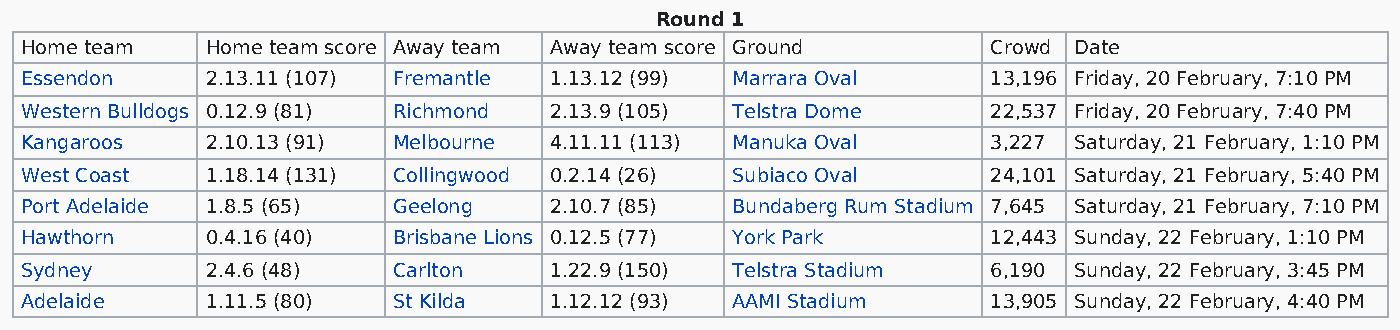
Round 1
 Home team    Home team score Away team Away team score Ground    Crowd Date
 Essendon     2.13.11 (107) Fremantle 1.13.12 (99) Marrara Oval   13,196 Friday, 20 February, 7:10 PM
 Western Bulldogs 0.12.9 (81) Richmond 2.13.9 (105) Telstra Dome  22,537 Friday, 20 February, 7:40 PM
 Kangaroos    2.10.13 (91) Melbourne 4.11.11 (113) Manuka Oval    3,227 Saturday, 21 February, 1:10 PM
 West Coast   1.18.14 (131) Collingwood 0.2.14 (26) Subiaco Oval  24,101 Saturday, 21 February, 5:40 PM
 Port Adelaide 1.8.5 (65) Geelong   2.10.7 (85) Bundaberg Rum Stadium 7,645 Saturday, 21 February, 7:10 PM
 Hawthorn     0.4.16 (40) Brisbane Lions 0.12.5 (77) York Park    12,443 Sunday, 22 February, 1:10 PM
 Sydney       2.4.6 (48)  Carlton   1.22.9 (150) Telstra Stadium  6,190 Sunday, 22 February, 3:45 PM
 Adelaide     1.11.5 (80) St Kilda  1.12.12 (93) AAMI Stadium     13,905 Sunday, 22 February, 4:40 PM